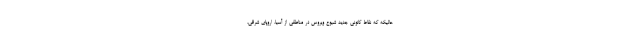
حالیکه که نقاط کانونی جدید شیوع ویروس در مناطقی از آسیا، اروپای شرقی،